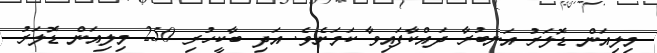
މިލިއަން ޑޮލަރު އަނބުރާ ދައްކާފައިވާ ކަމަށެވެ. އަދި ބާކީހުރި 250 މިލިއަން ޑޮލަރު